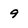
Character: 9